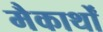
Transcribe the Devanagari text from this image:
मैकार्थों